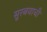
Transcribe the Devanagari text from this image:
सुरबयाची